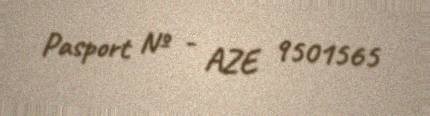
Pasport № - AZE 9501565